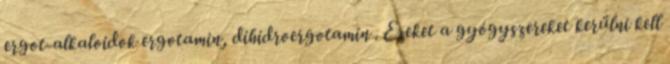
ergot-alkaloidok ergotamin, dihidroergotamin . Ezeket a gyógyszereket kerülni kell